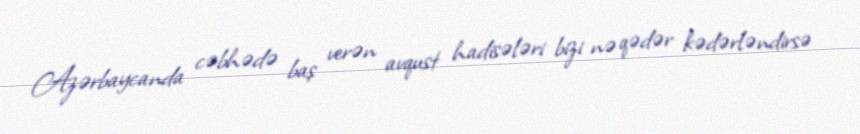
Azərbaycanda cəbhədə baş verən avqust hadisələri bizi nə qədər kədərləndirsə